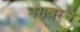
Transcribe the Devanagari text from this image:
घरावरचे